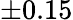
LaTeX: \pm 0.15